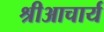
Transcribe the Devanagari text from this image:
श्रीआचार्य